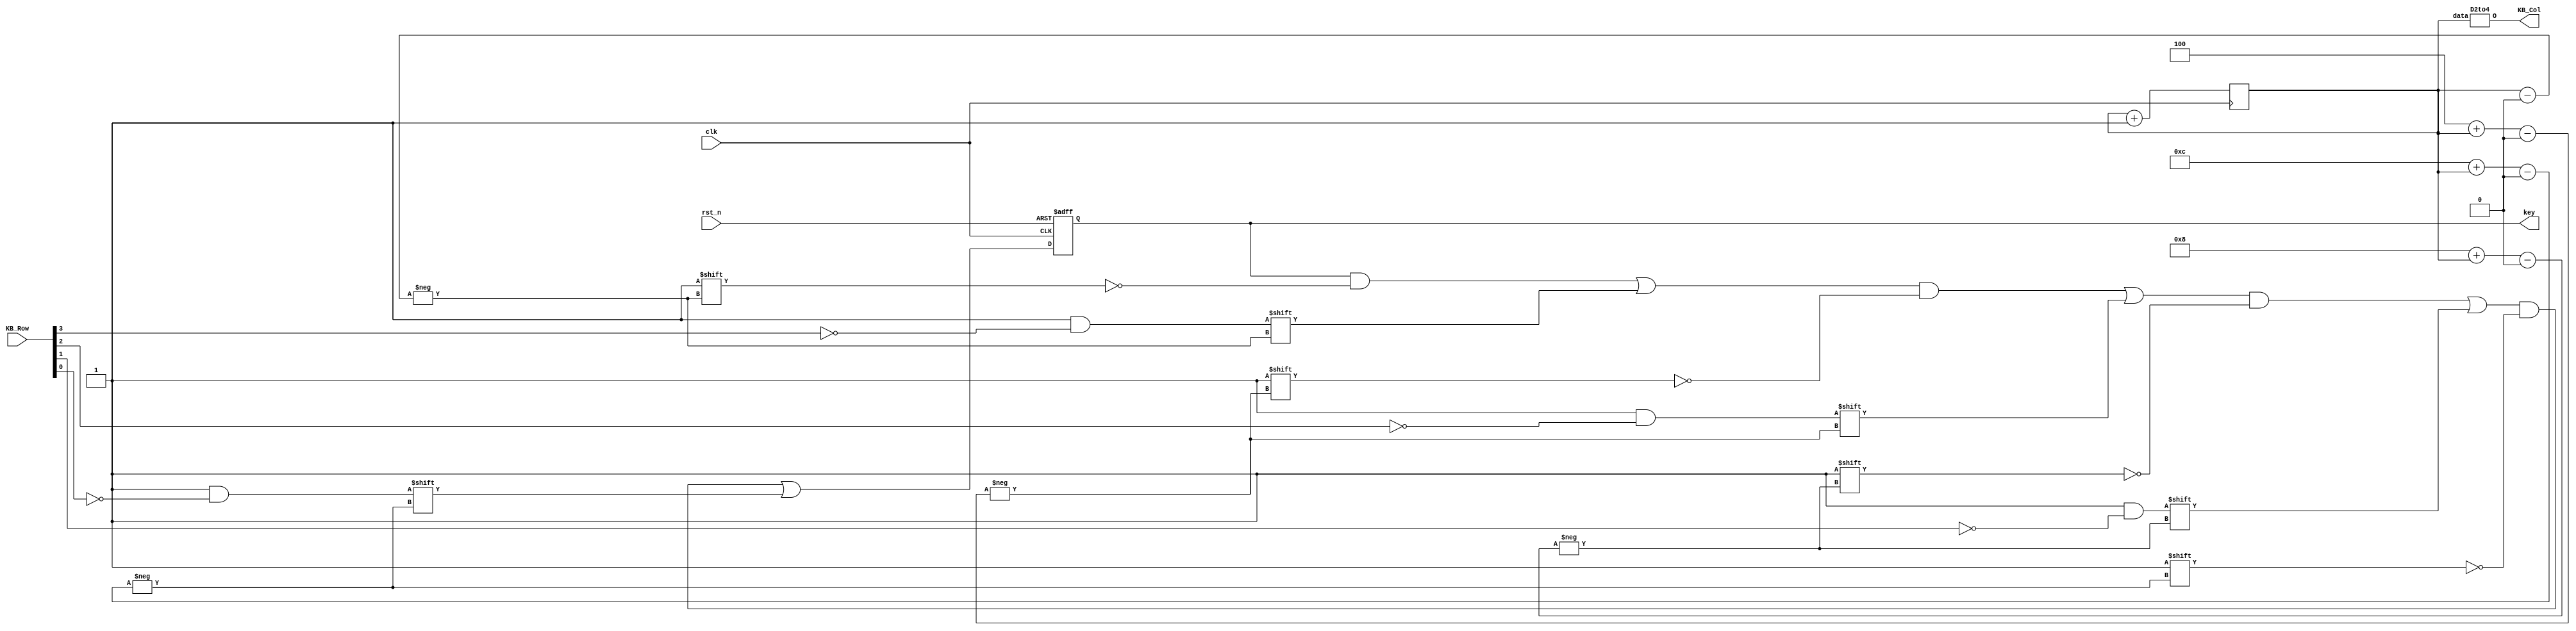
module KeyBroad (
    input clk,rst_n,//
    input [3:0] KB_Row,//
    output [3:0] KB_Col, 
    output reg [15:0] key //,
);
    reg [1:0] col=0;//

    always @(posedge clk) col = col+2'b01;//
    D2to4 u_D2to4(col,KB_Col);

    always @(negedge clk,negedge rst_n) begin //
        if(!rst_n) key = {16{1'b0}};
        else begin
            key[col] = ~KB_Row[3];
            key[4+col] = ~KB_Row[2];
            key[8+col] = ~KB_Row[1];
            key[12+col] = ~KB_Row[0];
        end
    end
endmodule

module D2to4 (
    input [1:0] data,
    output reg [3:0] O//,
);
    always @(data) begin
        case (data)
            3'h0: O=4'b1110; 
            3'h1: O=4'b1101; 
            3'h2: O=4'b1011; 
            3'h3: O=4'b0111; 
            default: O=4'b1111;
        endcase
    end
endmodule